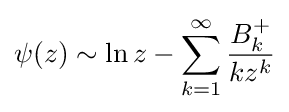
\psi (z)\sim \ln z-\sum _{k=1}^{\infty }{\frac {B_{k}^{+}}{kz^{k}}}